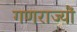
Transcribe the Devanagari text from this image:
गणराज्यौं